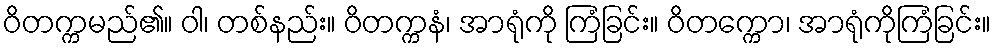
ဝိတက္ကမည်၏။ ဝါ၊ တစ်နည်း။ ဝိတက္ကနံ၊ အာရုံကို ကြံခြင်း။ ဝိတက္ကော၊ အာရုံကိုကြံခြင်း။